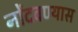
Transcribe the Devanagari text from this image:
नोंदवण्यास